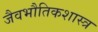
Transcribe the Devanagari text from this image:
जैवभौतिकशास्त्र